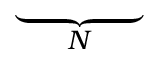
\underbrace { \phantom { - R D _ { \theta } ^ { ( 1 ) } } } _ { N } \,